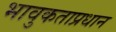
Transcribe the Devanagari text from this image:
भावुकताप्रधान